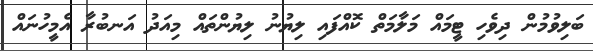
ބަލިވުމުން ދިވެހި ޓީމައް މަލާމަތް ކޮއްފައި ލިޔުނު ލިޔުންތައް މިއަދު އަނބުރާ އެމީހުނައް